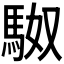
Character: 𮩼